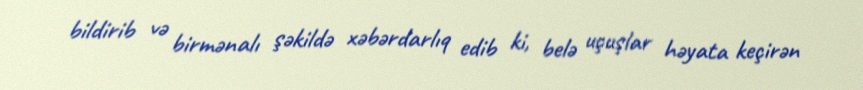
bildirib və birmənalı şəkildə xəbərdarlıq edib ki, belə uçuşlar həyata keçirən